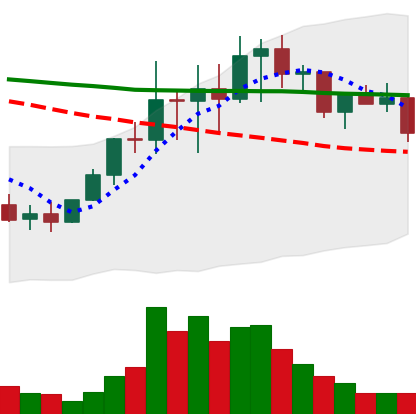
Ticker: LINK-USD
Chart end date: 2022-01-17
Forward return: -33.612%
Label: down_7plus